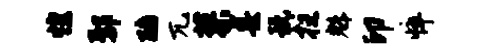
惶鄢醅兀蓼墨玩拄魁印悴